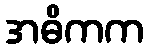
အဓိကက